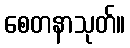
စေတနာသုတ်။